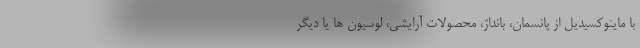
با ماینوکسیدیل از پانسمان، بانداژ، محصولات آرایشی، لوسیون ها یا دیگر